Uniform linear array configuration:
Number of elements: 4
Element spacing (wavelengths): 0.5
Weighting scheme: hann
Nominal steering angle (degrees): -30
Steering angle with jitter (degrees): -29.763
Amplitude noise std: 0.05
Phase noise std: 0.05

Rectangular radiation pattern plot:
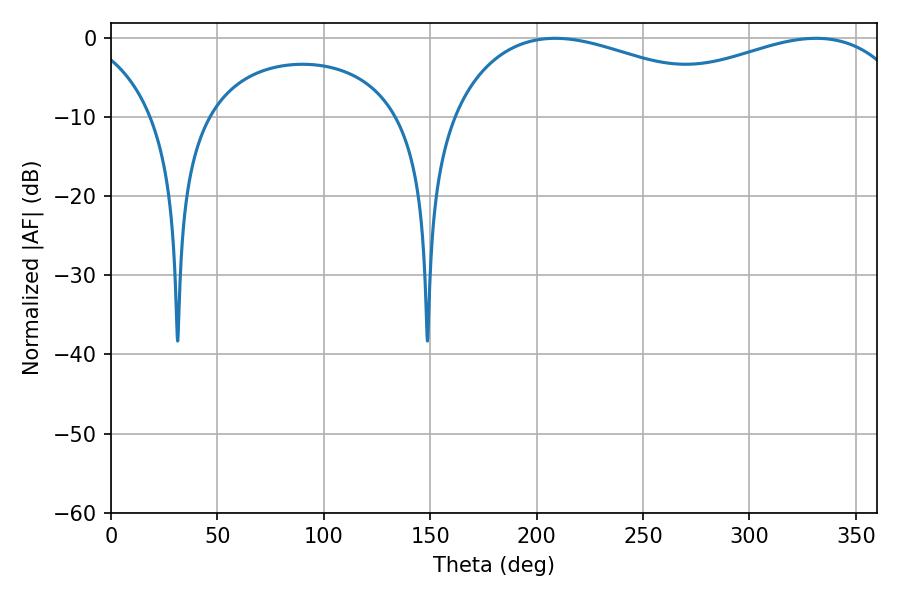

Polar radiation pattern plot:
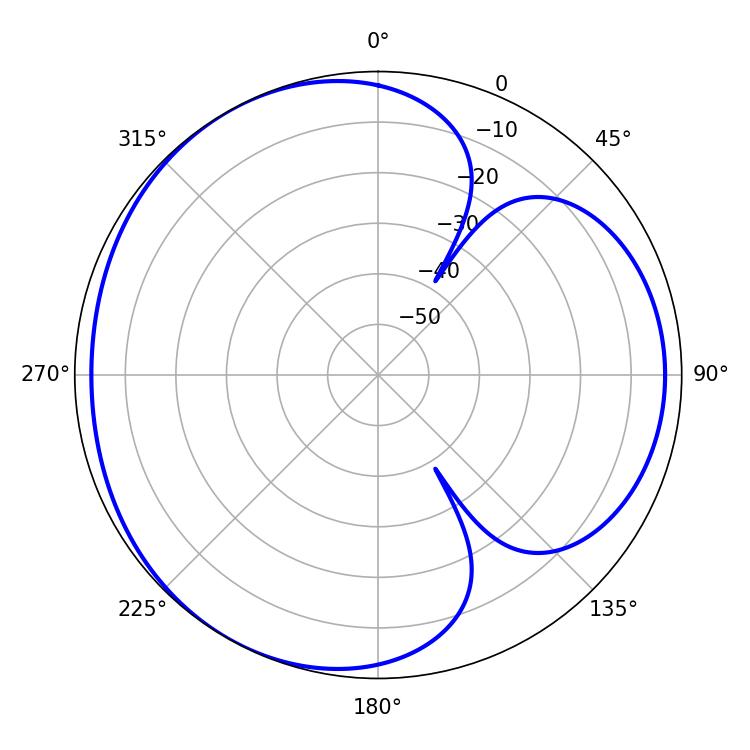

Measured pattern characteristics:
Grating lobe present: FALSE
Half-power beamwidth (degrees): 79.74
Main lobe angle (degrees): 208.8